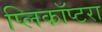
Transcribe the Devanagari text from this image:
प्लिकॉप्टरा